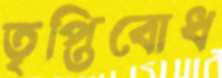
তৃপ্তিবোধ